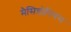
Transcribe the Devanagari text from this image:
मैसिडोनियंस